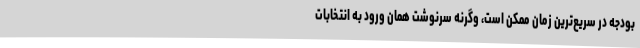
بودجه در سریع‌ترین زمان ممکن است، وگرنه سرنوشت همان ورود به انتخابات